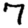
Digit: 7